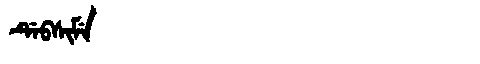
Manchu: ᡩᡝᠪᠰᡳᠮᡝ
Romanization: DEBSIME